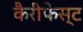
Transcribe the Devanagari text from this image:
कैरीफेस्ट